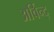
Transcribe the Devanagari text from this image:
अर्विन्द्